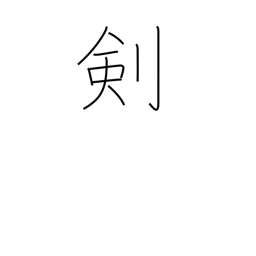
Meaning: clock hand